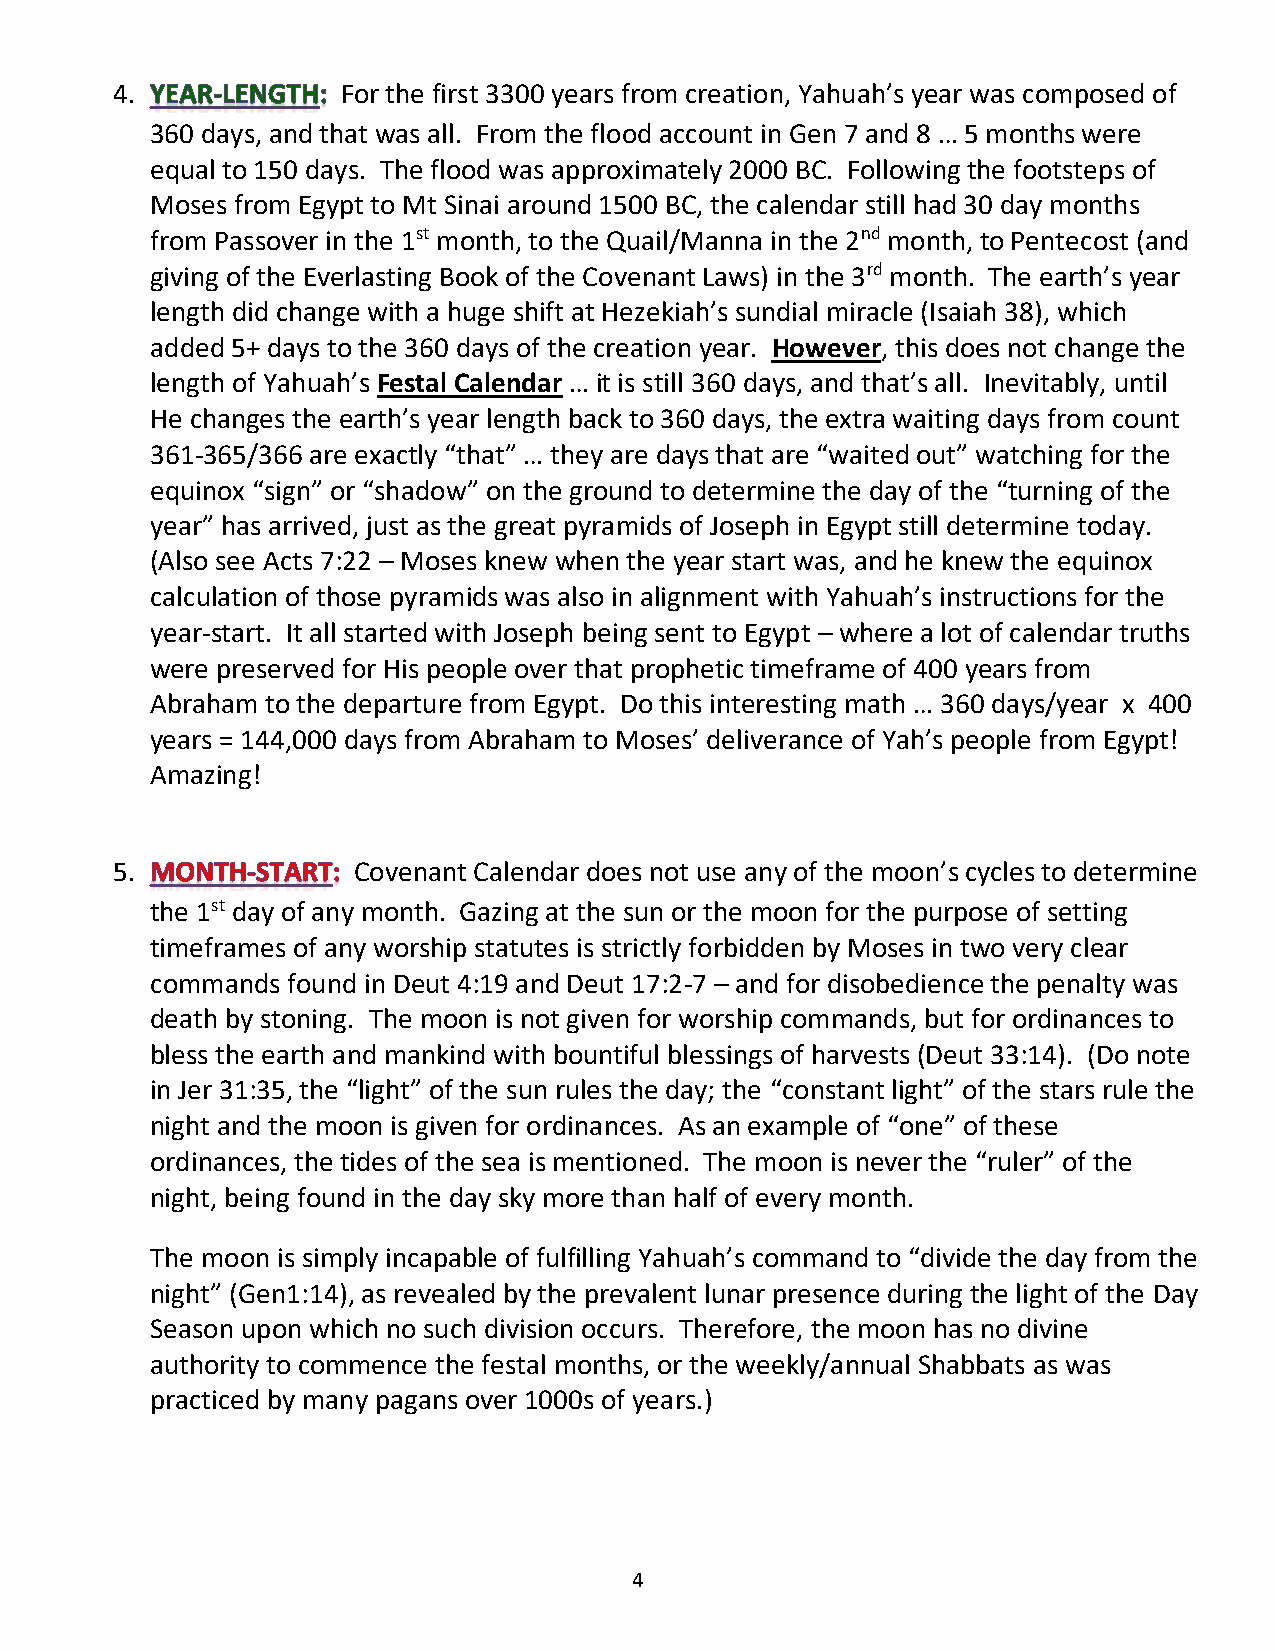
4.              For the first 3300 years from creation, Yahuah’s year was composed of
 360 days, and that was all. From the flood account in Gen 7 and 8 … 5 months were
 equal to 150 days. The flood was approximately 2000 BC. Following the footsteps of
 Moses from Egypt to Mt Sinai around 1500 BC, the calendar still had 30 day months
 from Passover in the 1st month, to the Quail/Manna in the 2nd month, to Pentecost (and
 giving of the Everlasting Book of the Covenant Laws) in the 3rd month. The earth’s year
 length did change with a huge shift at Hezekiah’s sundial miracle (Isaiah 38), which
 added 5+ days to the 360 days of the creation year. However, this does not change the
 length of Yahuah’s Festal Calendar … it is still 360 days, and that’s all. Inevitably, until
 He changes the earth’s year length back to 360 days, the extra waiting days from count
 361-365/366 are exactly “that” … they are days that are “waited out” watching for the
 equinox “sign” or “shadow” on the ground to determine the day of the “turning of the
 year” has arrived, just as the great pyramids of Joseph in Egypt still determine today.
 (Also see Acts 7:22 – Moses knew when the year start was, and he knew the equinox
 calculation of those pyramids was also in alignment with Yahuah’s instructions for the
 year-start. It all started with Joseph being sent to Egypt – where a lot of calendar truths
 were preserved for His people over that prophetic timeframe of 400 years from
 Abraham to the departure from Egypt. Do this interesting math … 360 days/year x 400
 years = 144,000 days from Abraham to Moses’ deliverance of Yah’s people from Egypt!
 Amazing!
 5.              Covenant Calendar does not use any of the moon’s cycles to determine
 the 1st day of any month. Gazing at the sun or the moon for the purpose of setting
 timeframes of any worship statutes is strictly forbidden by Moses in two very clear
 commands found in Deut 4:19 and Deut 17:2-7 – and for disobedience the penalty was
 death by stoning. The moon is not given for worship commands, but for ordinances to
 bless the earth and mankind with bountiful blessings of harvests (Deut 33:14). (Do note
 in Jer 31:35, the “light” of the sun rules the day; the “constant light” of the stars rule the
 night and the moon is given for ordinances. As an example of “one” of these
 ordinances, the tides of the sea is mentioned. The moon is never the “ruler” of the
 night, being found in the day sky more than half of every month.
 The moon is simply incapable of fulfilling Yahuah’s command to “divide the day from the
 night” (Gen1:14), as revealed by the prevalent lunar presence during the light of the Day
 Season upon which no such division occurs. Therefore, the moon has no divine
 authority to commence the festal months, or the weekly/annual Shabbats as was
 practiced by many pagans over 1000s of years.)
 4